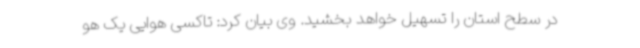
در سطح استان را تسهیل خواهد بخشید. وی بیان کرد: تاکسی هوایی یک هو